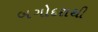
બગોદરાથી